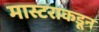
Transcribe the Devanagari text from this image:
मास्टराकडून